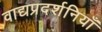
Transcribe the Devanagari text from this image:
वाद्यप्रदर्शनियाँ